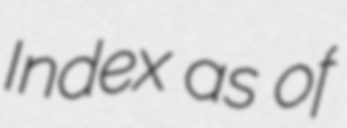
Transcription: Index as of